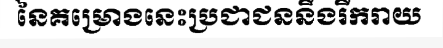
នៃគម្រោងនេះប្រជាជននឹងរីករាយ